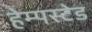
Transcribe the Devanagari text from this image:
हेम्पस्टेड